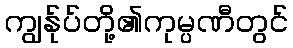
ကျွန်ုပ်တို့၏ကုမ္ပဏီတွင်